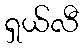
ရှယ်လီ